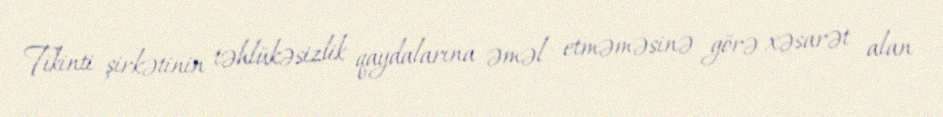
Tikinti şirkətinin təhlükəsizlik qaydalarına əməl etməməsinə görə xəsarət alan